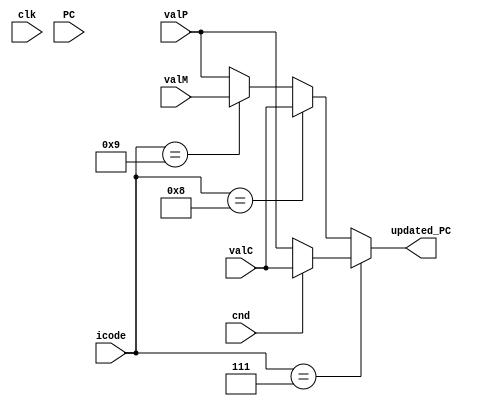
`timescale 1ns / 1ps

module pc_update(
	input clk,
	input cnd,
	input [63:0] PC,
	input [3:0] icode,
	input [63:0] valC,
	input [63:0] valP,
	input [63:0] valM,
	output reg [63:0] updated_PC
	);
	
	
	always@(*)
	begin
		//jXX
		if(icode==4'b0111)
		begin
			if(cnd==1'b1)
			begin
				updated_PC = valC;
			end
			else
			begin
				updated_PC = valP;
			end
		end
		//call
		else if(icode==4'b1000)
		begin
			updated_PC = valC;
		end
		//ret
		else if(icode==4'b1001)
		begin
			updated_PC = valM;
		end
		else
		// all others
		begin
			updated_PC = valP;
		end
		
	end
	
endmodule